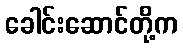
ခေါင်းဆောင်တို့က